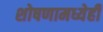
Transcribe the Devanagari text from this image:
शोषणामध्येही